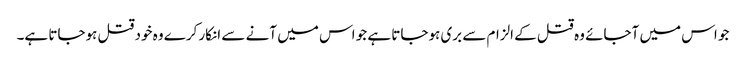
جو اس میں آجائے وہ قتل کے الزام سے بری ہوجاتا ہے جو اس میں آنے سے انکار کرے وہ خود قتل ہوجاتا ہے۔